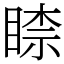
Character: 𥈡